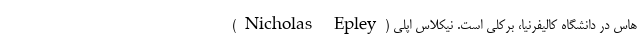
هاس در دانشگاه کالیفرنیا، برکلی است. نیکلاس اپلی (Nicholas Epley)